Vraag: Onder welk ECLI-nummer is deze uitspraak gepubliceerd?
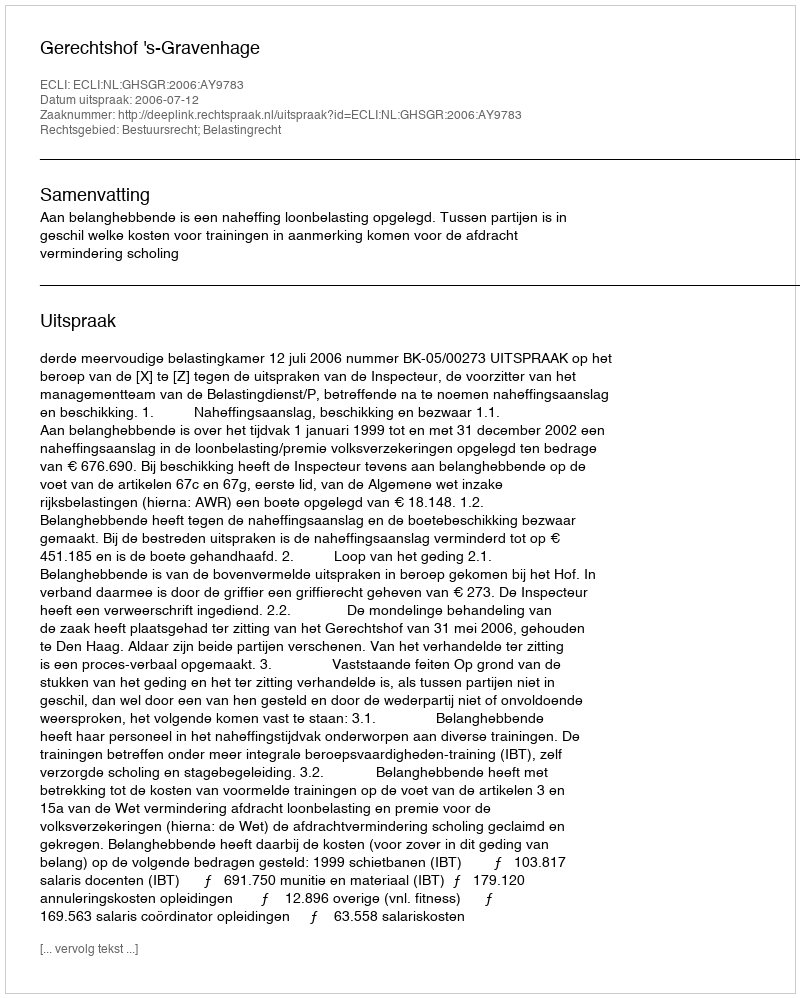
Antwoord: ECLI:NL:GHSGR:2006:AY9783